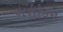
અશોકન